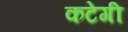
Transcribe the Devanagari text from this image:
कटेगी